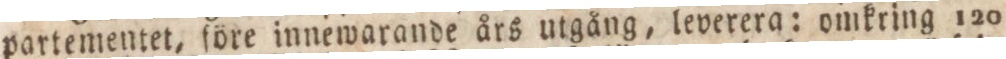
partementet, före innewarande års utgång, leverera: omkring 120